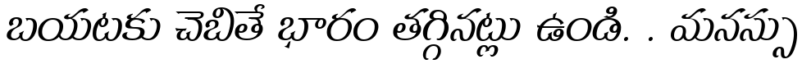
బయటకు చెబితే భారం తగ్గినట్లు ఉండి. . మనస్సు